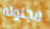
مجنونه